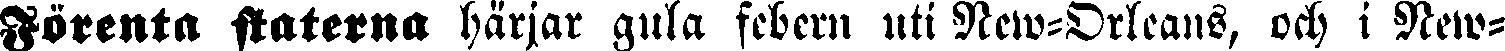
Förenta staterna härjar gula febern uti New-Orleans, och i New-